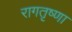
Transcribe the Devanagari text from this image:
रागतृष्णा